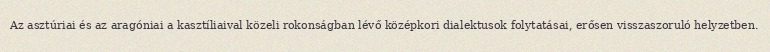
Az asztúriai és az aragóniai a kasztíliaival közeli rokonságban lévő középkori dialektusok folytatásai, erősen visszaszoruló helyzetben.